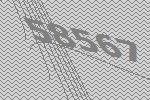
58567